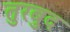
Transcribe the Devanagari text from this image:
तुरबुद